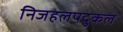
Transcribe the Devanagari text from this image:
निजहलपदुकल